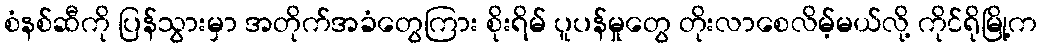
စံနစ်ဆီကို ပြန်သွားမှာ အတိုက်အခံတွေကြား စိုးရိမ် ပူပန်မှုတွေ တိုးလာစေလိမ့်မယ်လို့ ကိုင်ရိုမြို့က